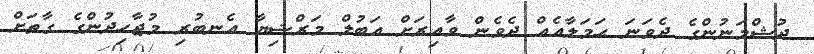
ދުޝްމަނުންގެ ދެވަނަ ޙަމަލާއެއް ދެވެން ވާއިރަށް އަބުލް މަރްޟިޔާ އެނބުރި މުޖާހިދުންގެ ގާތަށް